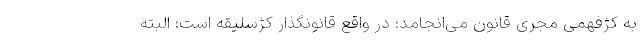
به کژفهمی مجری قانون می‌انجامد؛ در واقع قانونگذار کژسلیقه است؛ البته